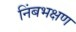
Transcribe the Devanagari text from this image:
निंबभक्षण